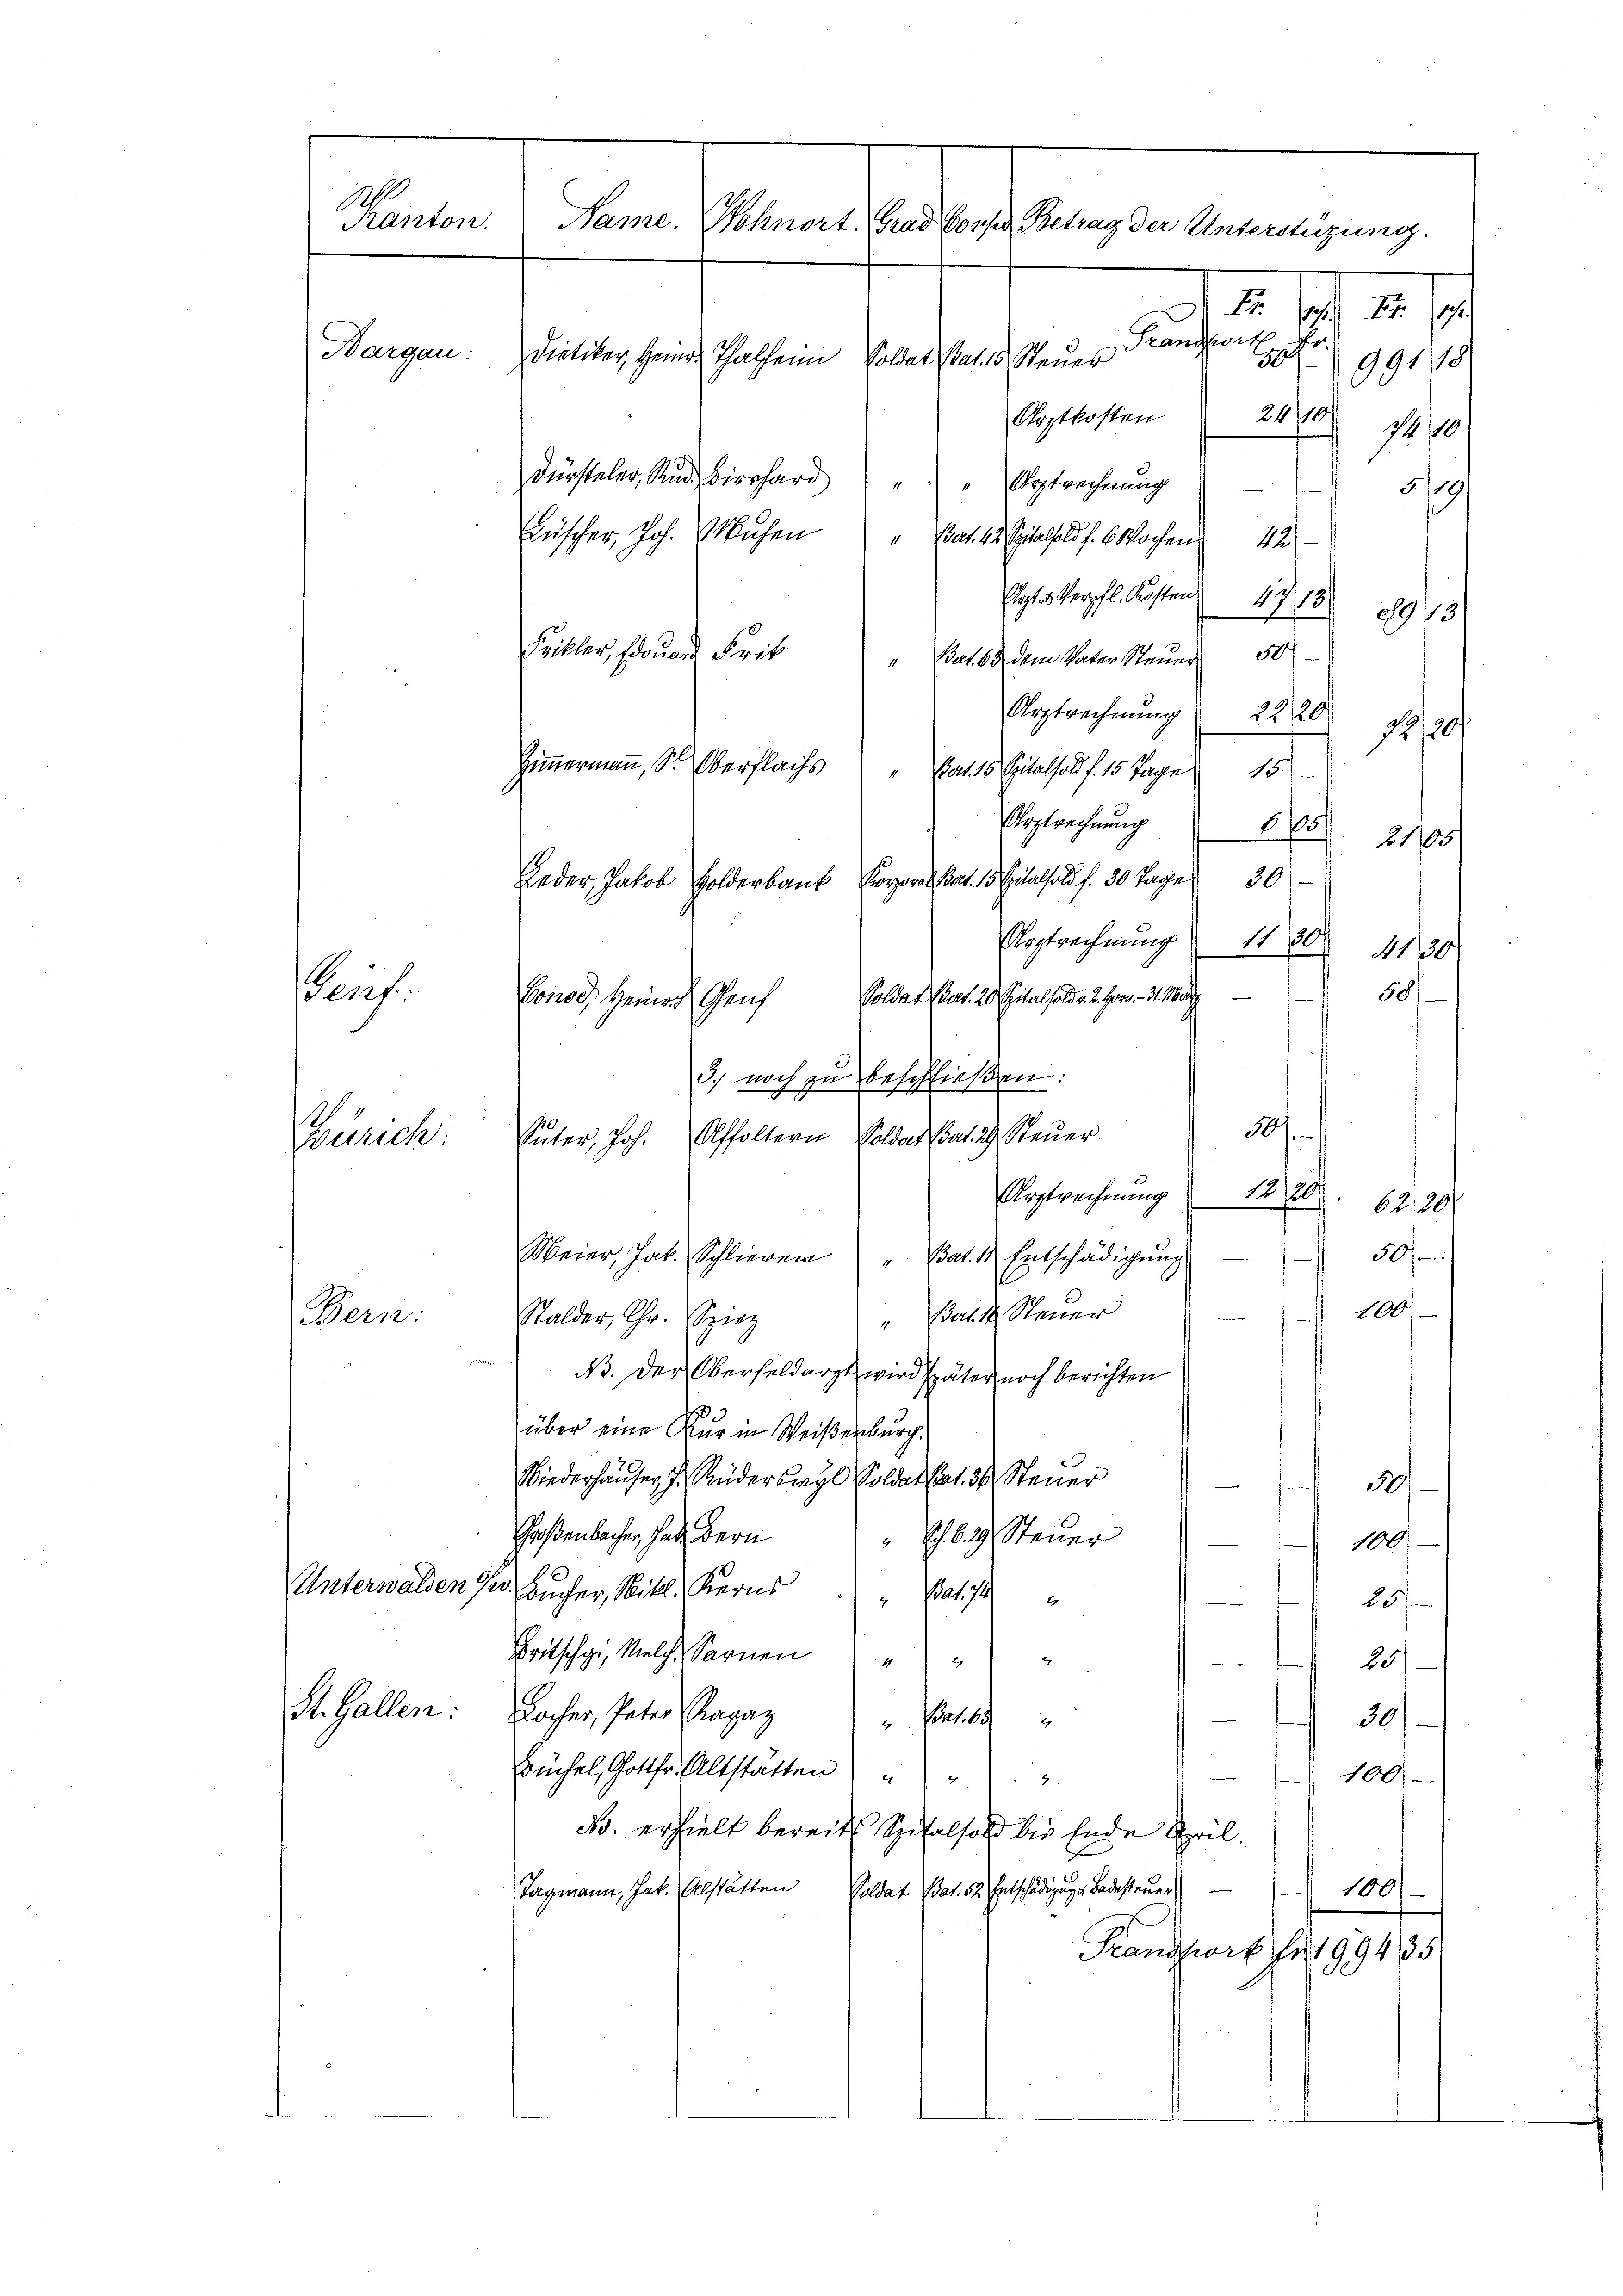
dürsteler, Rund Birchard
Urztrechnung
1
5/9/
Büscher, Joh. Kühen " " Bat 4. Stalls f. 6 Wochen 42
Elgtsterpfl. Kosten 117 18973
Frikler, souard Frit
Bat. 63 dem Vater Steuer 50
Urptrechnung 22 20
1810
Zimmermann, S. Oberflachs
Bart. 15. Spitalfold f. 15 Tage 15
Eeglrechnung 605
Leder Jakob Holderbaut Vorort hat. 15 Citathold f. 30 Tages 30
Urgtrechnung 1130.
58
Soldat Cat. 20 Eitel solde 2. Fr. 31. Ma
Conod, Heinrich Genf
3., noch zu beschließen:
807.
Olffoltern, Soldat Bat. 29. Steuer
Argtrechnung 1280. 6220
507
Meier, Jat. Schlieren " Bat. 4. Entschädigŭng

100
"Bart. 1 Steuer
Bern:
Stalder, Chr. Spiez
B. Der Oberfeldarzt wird später noch berichten
über eine Nur in Weißenburg.
Niederhäuser J. Ruderswyl Soldat hat. 34 Steuer
5
Großenbaches, habe. Bern
Sch. 629. Steuer
9
100
e
Unterwalden Jr. Bücher, Nikl. Kerns
Bat. 17
4
25/
Britschgi, Melche Sarnen " "
85/
St. Gallen: Locher, Peter Magaz " Patie
30
Büchel, Gottfr. Altstatten
100.
e
2
N. erhielt bereits Spitalfond bis Ende April.
Tagmann, Jak. Alstätten Soldat Bat. 52. Entschädigung Bodesteuer
100)
Kandis für 189185

1
Kanton.
Name. Wohnort Grad Conser Betrag der Unterstüzung.
I. d. 18. J
Kaution
.
Bargau:
Dietiker, Heinr. Thalheim Soldat Bat. 15 Steuer
E
991/11
24/10/
Arztkosten
1 10

Paris

Zürich:

Suter, Joh.

21105
110